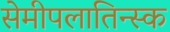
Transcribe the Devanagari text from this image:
सेमीपलातिन्स्क